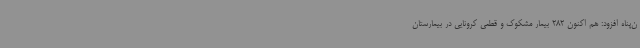
ن‌پناه افزود: هم اکنون 282 بیمار مشکوک و قطعی کرونایی در بیمارستان